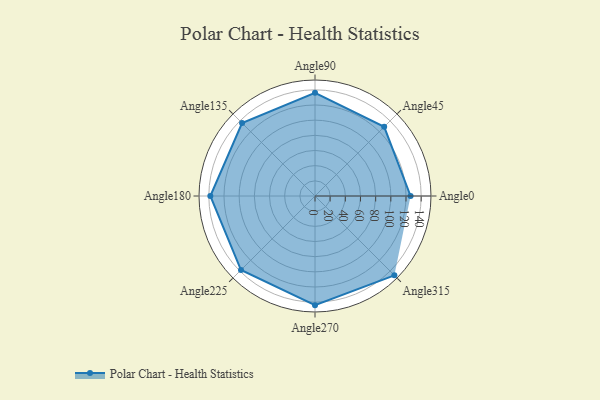
{"axis": {"x": "Angle", "y": "Radius"}, "legend": [""], "data": [{"x": "Angle0", "y": 126.0, "type": ""}, {"x": "Angle45", "y": 129.0, "type": ""}, {"x": "Angle90", "y": 136.0, "type": ""}, {"x": "Angle135", "y": 136.0, "type": ""}, {"x": "Angle180", "y": 138.0, "type": ""}, {"x": "Angle225", "y": 138.0, "type": ""}, {"x": "Angle270", "y": 144.0, "type": ""}, {"x": "Angle315", "y": 148.0, "type": ""}]}